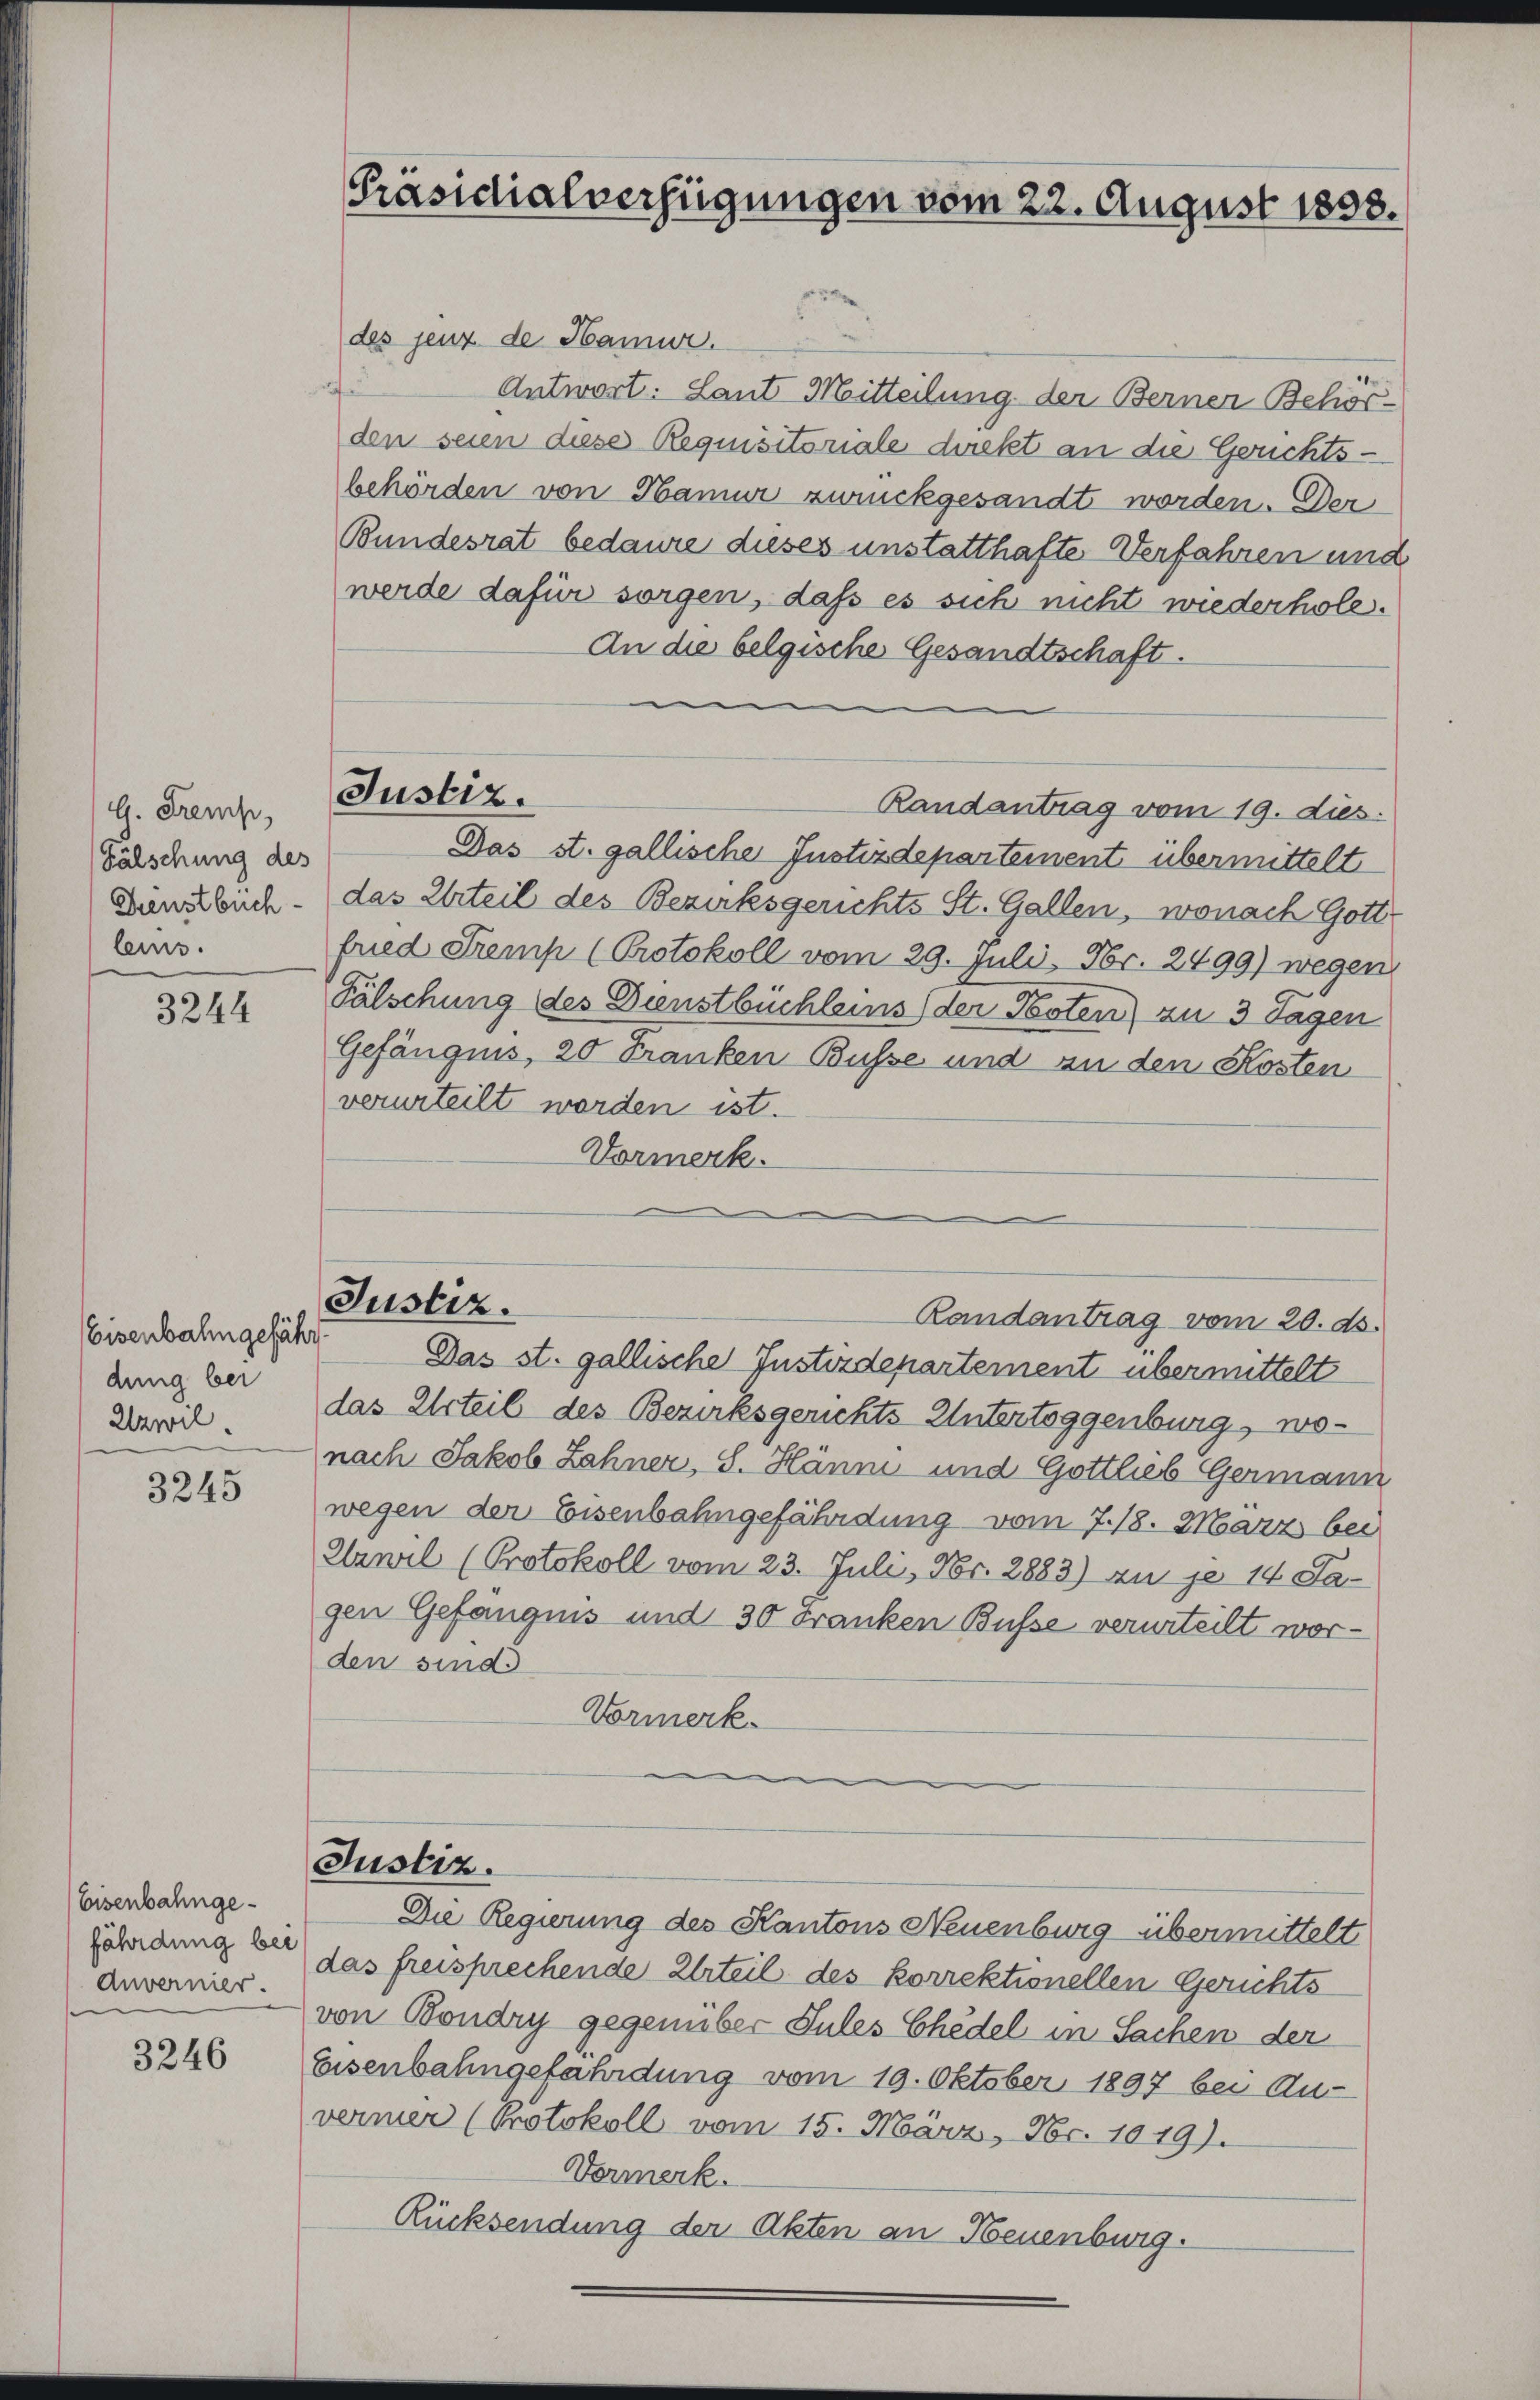
G. Fremp,
Fälschung des
Dienstbüch
leus.

3244

Eisenbahngefähr
dung bei
Uzwil.

3245

Eisenbahngefährdung bei
Anvernier.

3246

Präsidialverfügungen vom 22. August 1858.

des jenz de Hamur.
Antwort: Laut Mitteilung der Berner Behör-
den seien diese Requisitoriale direkt an die Gerichtsbehörden von Hamur zurückgesandt worden. Der
Bundesrat bedaure dieses unstatthafte Verfahren und
werde dafür sorgen, daß es sich nicht wiederhole.
An die belgische Gesandtschaft.
Randantrag vom 19. dies
Das st. gallische Instizdepartement übermittelt
das Urteil des Bezirksgerichts St. Gallen, wonach Gott
fried Gremp (Protokoll vom 29. Juli, Fr. 2499) wegen
Fälschung des Dienstbüchleins (der Posten) zu 3 Tagen
Gefängnis, 20 Franken Busse und an den Kosten
verurteilt worden ist.
Vormerk.
Justiz.
Randantrag vom 20. ds.
Das st. gallische Justizdepartement übermittelt
das Urteil des Bezirksgerichts Untertoggenburg, wonach Jakob Zahner, S. Hänni und Gottlieb Germann
wegen der Eisenbahngefährdung vom 7./8. März bei
Elawil (Protokoll vom 23. Juli, Nr. 2883) zu je 14 Sa-
gen Gefängnis und 30 Franken Busse verurteilt worden sind.
Vormerk.

Justiz.

Justiz.

Die Regierung des Kantons Neuenburg übermittelt

das freisprechende Urteil des korrektionellen Gerichts
von Bondry gegenüber Sules Ehedel in Sachen der
Eisenbahngefährdung vom 19. Oktober 1897 bei Au-
vermer (Protokoll vom 15. März, Nr. 1019).
Vormerk.
Rücksendung der Akten an Neuenburg.